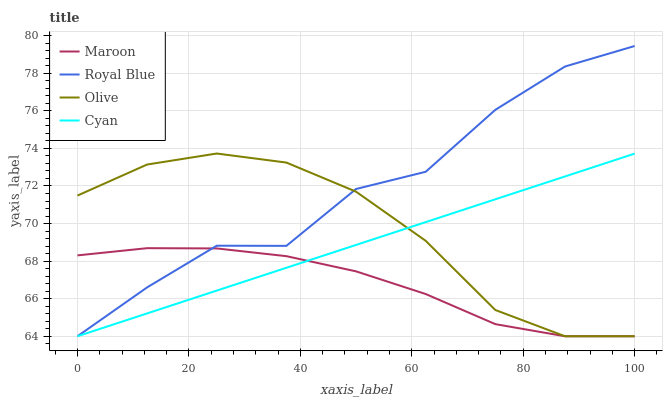
| xaxis_label | Maroon | Royal Blue | Olive | Cyan |
 | --- | --- | --- | --- | --- |
 | 0 | 68.3 | 64 | 71.5 | 64 |
 | 12.5 | 68.7 | 66.6 | 73.1 | 65.2 |
 | 25 | 68.7 | 68.8 | 73.7 | 66.4 |
 | 37.5 | 68.3 | 68.8 | 73.2 | 67.6 |
 | 50 | 67.5 | 71.8 | 71.7 | 68.9 |
 | 62.5 | 66.2 | 72.8 | 69.1 | 70.1 |
 | 75 | 64.6 | 76.1 | 65.4 | 71.3 |
 | 87.5 | 64 | 78.4 | 64 | 72.5 |
 | 100 | 64 | 79.5 | 64 | 73.7 |